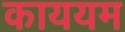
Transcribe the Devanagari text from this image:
काययम